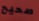
صحيح